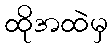
ထိုအထဲမှ